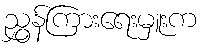
ညွှန်ကြားရေးမှူးက